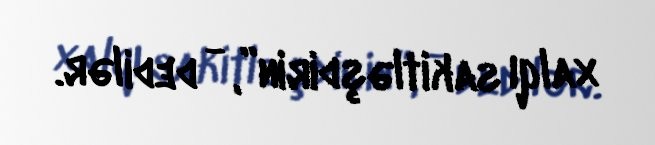
xalqı sakitləşdirin”, - dedilər.